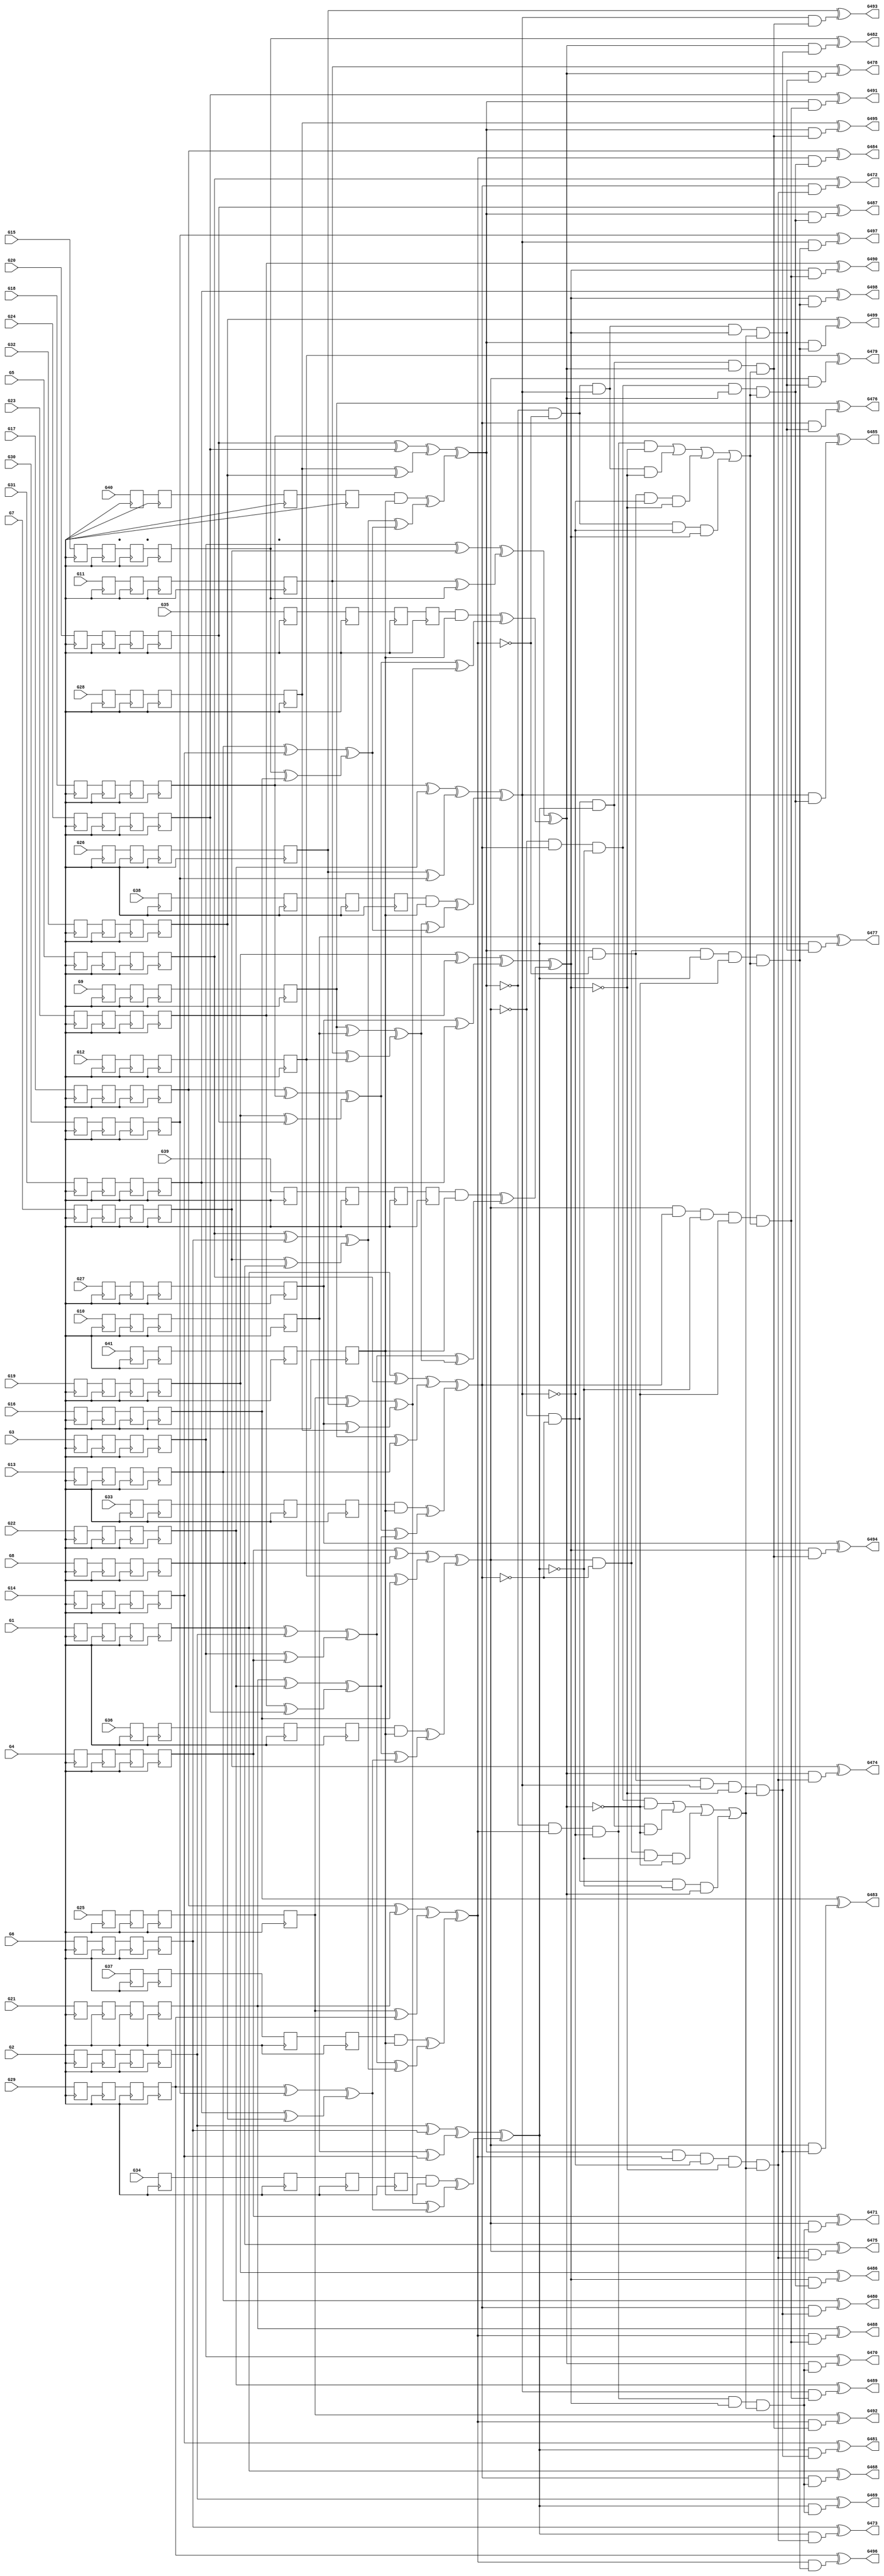
module c499 (  
    G1, G2, G3, G4, G5, G6, G7, G8, G9, G10, G11, G12, G13, G14, G15, G16,
    G17, G18, G19, G20, G21, G22, G23, G24, G25, G26, G27, G28, G29, G30,
    G31, G32, G33, G34, G35, G36, G37, G38, G39, G40, G41,
    G468, G469, G470, G471, G472, G473, G474, G475, G476, G477, G478, G479,
    G480, G481, G482, G483, G484, G485, G486, G487, G488, G489, G490, G491,
    G492, G493, G494, G495, G496, G497, G498, G499  );
  
  input  G1, G2, G3, G4, G5, G6, G7, G8, G9, G10, G11, G12, G13, G14,
    G15, G16, G17, G18, G19, G20, G21, G22, G23, G24, G25, G26, G27, G28,
    G29, G30, G31, G32, G33, G34, G35, G36, G37, G38, G39, G40, G41;
  output G468, G469, G470, G471, G472, G473, G474, G475, G476, G477, G478,
    G479, G480, G481, G482, G483, G484, G485, G486, G487, G488, G489, G490,
    G491, G492, G493, G494, G495, G496, G497, G498, G499;
  reg n277_lo, n280_lo, n283_lo, n286_lo, n289_lo, n292_lo, n295_lo,
    n298_lo, n301_lo, n304_lo, n307_lo, n310_lo, n313_lo, n316_lo, n319_lo,
    n322_lo, n325_lo, n328_lo, n331_lo, n334_lo, n337_lo, n340_lo, n343_lo,
    n346_lo, n349_lo, n352_lo, n355_lo, n358_lo, n361_lo, n364_lo, n367_lo,
    n370_lo, n373_lo, n376_lo, n379_lo, n382_lo, n385_lo, n388_lo, n391_lo,
    n394_lo, n397_lo, n400_lo, n403_lo, n406_lo, n409_lo, n412_lo, n415_lo,
    n418_lo, n421_lo, n424_lo, n427_lo, n430_lo, n433_lo, n436_lo, n439_lo,
    n442_lo, n445_lo, n448_lo, n451_lo, n454_lo, n457_lo, n460_lo, n463_lo,
    n466_lo, n469_lo, n472_lo, n475_lo, n478_lo, n481_lo, n484_lo, n487_lo,
    n490_lo, n493_lo, n496_lo, n499_lo, n502_lo, n505_lo, n508_lo, n511_lo,
    n514_lo, n517_lo, n520_lo, n523_lo, n526_lo, n529_lo, n532_lo, n535_lo,
    n538_lo, n541_lo, n544_lo, n547_lo, n550_lo, n553_lo, n556_lo, n559_lo,
    n562_lo, n565_lo, n568_lo, n571_lo, n574_lo, n577_lo, n580_lo, n583_lo,
    n586_lo, n589_lo, n592_lo, n595_lo, n598_lo, n601_lo, n604_lo, n607_lo,
    n610_lo, n613_lo, n616_lo, n619_lo, n622_lo, n625_lo, n628_lo, n631_lo,
    n634_lo, n637_lo, n640_lo, n643_lo, n646_lo, n649_lo, n652_lo, n655_lo,
    n658_lo, n661_lo, n664_lo, n667_lo, n670_lo, n673_lo, n676_lo, n679_lo,
    n682_lo, n685_lo, n688_lo, n691_lo, n694_lo, n697_lo, n700_lo, n703_lo,
    n706_lo, n709_lo, n712_lo, n715_lo, n718_lo, n721_lo, n724_lo, n727_lo,
    n730_lo, n733_lo, n736_lo, n739_lo, n742_lo, n745_lo, n748_lo, n751_lo,
    n754_lo, n757_lo, n760_lo, n763_lo, n766_lo;
  wire new_G146_, new_G147_, new_G148_, new_G149_, new_G150_, new_G151_,
    new_G152_, new_G153_, new_G154_, new_G155_, new_G156_, new_G157_,
    new_G158_, new_G159_, new_G160_, new_G161_, new_G162_, new_G163_,
    new_G164_, new_G165_, new_G166_, new_G167_, new_G168_, new_G169_,
    new_G170_, new_G171_, new_G172_, new_G173_, new_G174_, new_G175_,
    new_G176_, new_G177_, new_G178_, new_G179_, new_G180_, new_G181_,
    new_G182_, new_G183_, new_G184_, new_G185_, new_G186_, new_G189_,
    new_G192_, new_G195_, new_G198_, new_G201_, new_G204_, new_G207_,
    new_G210_, new_G211_, new_G212_, new_G213_, new_G214_, new_G215_,
    new_G216_, new_G217_, new_G218_, new_G219_, new_G220_, new_G221_,
    new_G222_, new_G223_, new_G224_, new_G225_, new_G226_, new_G227_,
    new_G228_, new_G229_, new_G230_, new_G231_, new_G232_, new_G233_,
    new_G234_, new_G247_, new_G260_, new_G273_, new_G286_, new_G299_,
    new_G312_, new_G325_, new_G338_, new_G339_, new_G340_, new_G341_,
    new_G342_, new_G343_, new_G344_, new_G345_, new_G346_, new_G347_,
    new_G348_, new_G349_, new_G350_, new_G351_, new_G352_, new_G353_,
    new_G354_, new_G355_, new_G356_, new_G357_, new_G358_, new_G359_,
    new_G360_, new_G361_, new_G362_, new_G363_, new_G364_, new_G365_,
    new_G366_, new_G367_, new_G368_, new_G369_, new_G370_, new_G371_,
    new_G372_, new_G373_, new_G374_, new_G375_, new_G376_, new_G377_,
    new_G378_, new_G379_, new_G380_, new_G381_, new_G382_, new_G383_,
    new_G384_, new_G385_, new_G386_, new_G391_, new_G396_, new_G401_,
    new_G406_, new_G411_, new_G416_, new_G421_, new_G426_, new_G431_,
    new_G436_, new_G437_, new_G438_, new_G439_, new_G440_, new_G441_,
    new_G442_, new_G443_, new_G444_, new_G445_, new_G446_, new_G447_,
    new_G448_, new_G449_, new_G450_, new_G451_, new_G452_, new_G453_,
    new_G454_, new_G455_, new_G456_, new_G457_, new_G458_, new_G459_,
    new_G460_, new_G461_, new_G462_, new_G463_, new_G464_, new_G465_,
    new_G466_, new_G467_, n277_li, n280_li, n283_li, n286_li, n289_li,
    n292_li, n295_li, n298_li, n301_li, n304_li, n307_li, n310_li, n313_li,
    n316_li, n319_li, n322_li, n325_li, n328_li, n331_li, n334_li, n337_li,
    n340_li, n343_li, n346_li, n349_li, n352_li, n355_li, n358_li, n361_li,
    n364_li, n367_li, n370_li, n373_li, n376_li, n379_li, n382_li, n385_li,
    n388_li, n391_li, n394_li, n397_li, n400_li, n403_li, n406_li, n409_li,
    n412_li, n415_li, n418_li, n421_li, n424_li, n427_li, n430_li, n433_li,
    n436_li, n439_li, n442_li, n445_li, n448_li, n451_li, n454_li, n457_li,
    n460_li, n463_li, n466_li, n469_li, n472_li, n475_li, n478_li, n481_li,
    n484_li, n487_li, n490_li, n493_li, n496_li, n499_li, n502_li, n505_li,
    n508_li, n511_li, n514_li, n517_li, n520_li, n523_li, n526_li, n529_li,
    n532_li, n535_li, n538_li, n541_li, n544_li, n547_li, n550_li, n553_li,
    n556_li, n559_li, n562_li, n565_li, n568_li, n571_li, n574_li, n577_li,
    n580_li, n583_li, n586_li, n589_li, n592_li, n595_li, n598_li, n601_li,
    n604_li, n607_li, n610_li, n613_li, n616_li, n619_li, n622_li, n625_li,
    n628_li, n631_li, n634_li, n637_li, n640_li, n643_li, n646_li, n649_li,
    n652_li, n655_li, n658_li, n661_li, n664_li, n667_li, n670_li, n673_li,
    n676_li, n679_li, n682_li, n685_li, n688_li, n691_li, n694_li, n697_li,
    n700_li, n703_li, n706_li, n709_li, n712_li, n715_li, n718_li, n721_li,
    n724_li, n727_li, n730_li, n733_li, n736_li, n739_li, n742_li, n745_li,
    n748_li, n751_li, n754_li, n757_li, n760_li, n763_li, n766_li;
  assign new_G146_ = n286_lo ^ n298_lo;
  assign new_G147_ = n310_lo ^ n322_lo;
  assign new_G148_ = n334_lo ^ n346_lo;
  assign new_G149_ = n358_lo ^ n370_lo;
  assign new_G150_ = n382_lo ^ n394_lo;
  assign new_G151_ = n406_lo ^ n418_lo;
  assign new_G152_ = n430_lo ^ n442_lo;
  assign new_G153_ = n454_lo ^ n466_lo;
  assign new_G154_ = n478_lo ^ n490_lo;
  assign new_G155_ = n502_lo ^ n514_lo;
  assign new_G156_ = n526_lo ^ n538_lo;
  assign new_G157_ = n550_lo ^ n562_lo;
  assign new_G158_ = n574_lo ^ n586_lo;
  assign new_G159_ = n598_lo ^ n610_lo;
  assign new_G160_ = n622_lo ^ n634_lo;
  assign new_G161_ = n646_lo ^ n658_lo;
  assign new_G162_ = n670_lo & n766_lo;
  assign new_G163_ = n682_lo & n766_lo;
  assign new_G164_ = n694_lo & n766_lo;
  assign new_G165_ = n706_lo & n766_lo;
  assign new_G166_ = n718_lo & n766_lo;
  assign new_G167_ = n730_lo & n766_lo;
  assign new_G168_ = n742_lo & n766_lo;
  assign new_G169_ = n754_lo & n766_lo;
  assign new_G170_ = n286_lo ^ n334_lo;
  assign new_G171_ = n382_lo ^ n430_lo;
  assign new_G172_ = n298_lo ^ n346_lo;
  assign new_G173_ = n394_lo ^ n442_lo;
  assign new_G174_ = n310_lo ^ n358_lo;
  assign new_G175_ = n406_lo ^ n454_lo;
  assign new_G176_ = n322_lo ^ n370_lo;
  assign new_G177_ = n418_lo ^ n466_lo;
  assign new_G178_ = n478_lo ^ n526_lo;
  assign new_G179_ = n574_lo ^ n622_lo;
  assign new_G180_ = n490_lo ^ n538_lo;
  assign new_G181_ = n586_lo ^ n634_lo;
  assign new_G182_ = n502_lo ^ n550_lo;
  assign new_G183_ = n598_lo ^ n646_lo;
  assign new_G184_ = n514_lo ^ n562_lo;
  assign new_G185_ = n610_lo ^ n658_lo;
  assign new_G186_ = new_G146_ ^ new_G147_;
  assign new_G189_ = new_G148_ ^ new_G149_;
  assign new_G192_ = new_G150_ ^ new_G151_;
  assign new_G195_ = new_G152_ ^ new_G153_;
  assign new_G198_ = new_G154_ ^ new_G155_;
  assign new_G201_ = new_G156_ ^ new_G157_;
  assign new_G204_ = new_G158_ ^ new_G159_;
  assign new_G207_ = new_G160_ ^ new_G161_;
  assign new_G210_ = new_G170_ ^ new_G171_;
  assign new_G211_ = new_G172_ ^ new_G173_;
  assign new_G212_ = new_G174_ ^ new_G175_;
  assign new_G213_ = new_G176_ ^ new_G177_;
  assign new_G214_ = new_G178_ ^ new_G179_;
  assign new_G215_ = new_G180_ ^ new_G181_;
  assign new_G216_ = new_G182_ ^ new_G183_;
  assign new_G217_ = new_G184_ ^ new_G185_;
  assign new_G218_ = new_G186_ ^ new_G189_;
  assign new_G219_ = new_G192_ ^ new_G195_;
  assign new_G220_ = new_G186_ ^ new_G192_;
  assign new_G221_ = new_G189_ ^ new_G195_;
  assign new_G222_ = new_G198_ ^ new_G201_;
  assign new_G223_ = new_G204_ ^ new_G207_;
  assign new_G224_ = new_G198_ ^ new_G204_;
  assign new_G225_ = new_G201_ ^ new_G207_;
  assign new_G226_ = new_G162_ ^ new_G222_;
  assign new_G227_ = new_G163_ ^ new_G223_;
  assign new_G228_ = new_G164_ ^ new_G224_;
  assign new_G229_ = new_G165_ ^ new_G225_;
  assign new_G230_ = new_G166_ ^ new_G218_;
  assign new_G231_ = new_G167_ ^ new_G219_;
  assign new_G232_ = new_G168_ ^ new_G220_;
  assign new_G233_ = new_G169_ ^ new_G221_;
  assign new_G234_ = new_G210_ ^ new_G226_;
  assign new_G247_ = new_G211_ ^ new_G227_;
  assign new_G260_ = new_G212_ ^ new_G228_;
  assign new_G273_ = new_G213_ ^ new_G229_;
  assign new_G286_ = new_G214_ ^ new_G230_;
  assign new_G299_ = new_G215_ ^ new_G231_;
  assign new_G312_ = new_G216_ ^ new_G232_;
  assign new_G325_ = new_G217_ ^ new_G233_;
  assign new_G338_ = ~new_G234_;
  assign new_G339_ = ~new_G247_;
  assign new_G340_ = ~new_G260_;
  assign new_G341_ = ~new_G234_;
  assign new_G342_ = ~new_G247_;
  assign new_G343_ = ~new_G273_;
  assign new_G344_ = ~new_G234_;
  assign new_G345_ = ~new_G260_;
  assign new_G346_ = ~new_G273_;
  assign new_G347_ = ~new_G247_;
  assign new_G348_ = ~new_G260_;
  assign new_G349_ = ~new_G273_;
  assign new_G350_ = ~new_G299_;
  assign new_G351_ = ~new_G325_;
  assign new_G352_ = ~new_G299_;
  assign new_G353_ = ~new_G312_;
  assign new_G354_ = ~new_G286_;
  assign new_G355_ = ~new_G325_;
  assign new_G356_ = ~new_G286_;
  assign new_G357_ = ~new_G312_;
  assign new_G358_ = ~new_G286_;
  assign new_G359_ = ~new_G299_;
  assign new_G360_ = ~new_G312_;
  assign new_G361_ = ~new_G286_;
  assign new_G362_ = ~new_G299_;
  assign new_G363_ = ~new_G325_;
  assign new_G364_ = ~new_G286_;
  assign new_G365_ = ~new_G312_;
  assign new_G366_ = ~new_G325_;
  assign new_G367_ = ~new_G299_;
  assign new_G368_ = ~new_G312_;
  assign new_G369_ = ~new_G325_;
  assign new_G370_ = ~new_G247_;
  assign new_G371_ = ~new_G273_;
  assign new_G372_ = ~new_G247_;
  assign new_G373_ = ~new_G260_;
  assign new_G374_ = ~new_G234_;
  assign new_G375_ = ~new_G273_;
  assign new_G376_ = ~new_G234_;
  assign new_G377_ = ~new_G260_;
  assign new_G378_ = new_G273_ & new_G338_ & new_G339_ & new_G340_;
  assign new_G379_ = new_G343_ & new_G341_ & new_G342_ & new_G260_;
  assign new_G380_ = new_G346_ & new_G344_ & new_G247_ & new_G345_;
  assign new_G381_ = new_G349_ & new_G234_ & new_G347_ & new_G348_;
  assign new_G382_ = new_G325_ & new_G358_ & new_G359_ & new_G360_;
  assign new_G383_ = new_G363_ & new_G361_ & new_G362_ & new_G312_;
  assign new_G384_ = new_G366_ & new_G364_ & new_G299_ & new_G365_;
  assign new_G385_ = new_G369_ & new_G286_ & new_G367_ & new_G368_;
  assign new_G386_ = new_G381_ | new_G380_ | new_G378_ | new_G379_;
  assign new_G391_ = new_G385_ | new_G384_ | new_G382_ | new_G383_;
  assign new_G396_ = new_G351_ & new_G286_ & new_G350_ & new_G312_ & new_G386_;
  assign new_G401_ = new_G325_ & new_G286_ & new_G352_ & new_G353_ & new_G386_;
  assign new_G406_ = new_G355_ & new_G354_ & new_G299_ & new_G312_ & new_G386_;
  assign new_G411_ = new_G325_ & new_G356_ & new_G299_ & new_G357_ & new_G386_;
  assign new_G416_ = new_G371_ & new_G234_ & new_G370_ & new_G260_ & new_G391_;
  assign new_G421_ = new_G273_ & new_G234_ & new_G372_ & new_G373_ & new_G391_;
  assign new_G426_ = new_G375_ & new_G374_ & new_G247_ & new_G260_ & new_G391_;
  assign new_G431_ = new_G273_ & new_G376_ & new_G247_ & new_G377_ & new_G391_;
  assign new_G436_ = new_G234_ & new_G396_;
  assign new_G437_ = new_G247_ & new_G396_;
  assign new_G438_ = new_G260_ & new_G396_;
  assign new_G439_ = new_G273_ & new_G396_;
  assign new_G440_ = new_G234_ & new_G401_;
  assign new_G441_ = new_G247_ & new_G401_;
  assign new_G442_ = new_G260_ & new_G401_;
  assign new_G443_ = new_G273_ & new_G401_;
  assign new_G444_ = new_G234_ & new_G406_;
  assign new_G445_ = new_G247_ & new_G406_;
  assign new_G446_ = new_G260_ & new_G406_;
  assign new_G447_ = new_G273_ & new_G406_;
  assign new_G448_ = new_G234_ & new_G411_;
  assign new_G449_ = new_G247_ & new_G411_;
  assign new_G450_ = new_G260_ & new_G411_;
  assign new_G451_ = new_G273_ & new_G411_;
  assign new_G452_ = new_G286_ & new_G416_;
  assign new_G453_ = new_G299_ & new_G416_;
  assign new_G454_ = new_G312_ & new_G416_;
  assign new_G455_ = new_G325_ & new_G416_;
  assign new_G456_ = new_G286_ & new_G421_;
  assign new_G457_ = new_G299_ & new_G421_;
  assign new_G458_ = new_G312_ & new_G421_;
  assign new_G459_ = new_G325_ & new_G421_;
  assign new_G460_ = new_G286_ & new_G426_;
  assign new_G461_ = new_G299_ & new_G426_;
  assign new_G462_ = new_G312_ & new_G426_;
  assign new_G463_ = new_G325_ & new_G426_;
  assign new_G464_ = new_G286_ & new_G431_;
  assign new_G465_ = new_G299_ & new_G431_;
  assign new_G466_ = new_G312_ & new_G431_;
  assign new_G467_ = new_G325_ & new_G431_;
  assign G468 = n286_lo ^ new_G436_;
  assign G469 = n298_lo ^ new_G437_;
  assign G470 = n310_lo ^ new_G438_;
  assign G471 = n322_lo ^ new_G439_;
  assign G472 = n334_lo ^ new_G440_;
  assign G473 = n346_lo ^ new_G441_;
  assign G474 = n358_lo ^ new_G442_;
  assign G475 = n370_lo ^ new_G443_;
  assign G476 = n382_lo ^ new_G444_;
  assign G477 = n394_lo ^ new_G445_;
  assign G478 = n406_lo ^ new_G446_;
  assign G479 = n418_lo ^ new_G447_;
  assign G480 = n430_lo ^ new_G448_;
  assign G481 = n442_lo ^ new_G449_;
  assign G482 = n454_lo ^ new_G450_;
  assign G483 = n466_lo ^ new_G451_;
  assign G484 = n478_lo ^ new_G452_;
  assign G485 = n490_lo ^ new_G453_;
  assign G486 = n502_lo ^ new_G454_;
  assign G487 = n514_lo ^ new_G455_;
  assign G488 = n526_lo ^ new_G456_;
  assign G489 = n538_lo ^ new_G457_;
  assign G490 = n550_lo ^ new_G458_;
  assign G491 = n562_lo ^ new_G459_;
  assign G492 = n574_lo ^ new_G460_;
  assign G493 = n586_lo ^ new_G461_;
  assign G494 = n598_lo ^ new_G462_;
  assign G495 = n610_lo ^ new_G463_;
  assign G496 = n622_lo ^ new_G464_;
  assign G497 = n634_lo ^ new_G465_;
  assign G498 = n646_lo ^ new_G466_;
  assign G499 = n658_lo ^ new_G467_;
  assign n277_li = G1;
  assign n280_li = n277_lo;
  assign n283_li = n280_lo;
  assign n286_li = n283_lo;
  assign n289_li = G2;
  assign n292_li = n289_lo;
  assign n295_li = n292_lo;
  assign n298_li = n295_lo;
  assign n301_li = G3;
  assign n304_li = n301_lo;
  assign n307_li = n304_lo;
  assign n310_li = n307_lo;
  assign n313_li = G4;
  assign n316_li = n313_lo;
  assign n319_li = n316_lo;
  assign n322_li = n319_lo;
  assign n325_li = G5;
  assign n328_li = n325_lo;
  assign n331_li = n328_lo;
  assign n334_li = n331_lo;
  assign n337_li = G6;
  assign n340_li = n337_lo;
  assign n343_li = n340_lo;
  assign n346_li = n343_lo;
  assign n349_li = G7;
  assign n352_li = n349_lo;
  assign n355_li = n352_lo;
  assign n358_li = n355_lo;
  assign n361_li = G8;
  assign n364_li = n361_lo;
  assign n367_li = n364_lo;
  assign n370_li = n367_lo;
  assign n373_li = G9;
  assign n376_li = n373_lo;
  assign n379_li = n376_lo;
  assign n382_li = n379_lo;
  assign n385_li = G10;
  assign n388_li = n385_lo;
  assign n391_li = n388_lo;
  assign n394_li = n391_lo;
  assign n397_li = G11;
  assign n400_li = n397_lo;
  assign n403_li = n400_lo;
  assign n406_li = n403_lo;
  assign n409_li = G12;
  assign n412_li = n409_lo;
  assign n415_li = n412_lo;
  assign n418_li = n415_lo;
  assign n421_li = G13;
  assign n424_li = n421_lo;
  assign n427_li = n424_lo;
  assign n430_li = n427_lo;
  assign n433_li = G14;
  assign n436_li = n433_lo;
  assign n439_li = n436_lo;
  assign n442_li = n439_lo;
  assign n445_li = G15;
  assign n448_li = n445_lo;
  assign n451_li = n448_lo;
  assign n454_li = n451_lo;
  assign n457_li = G16;
  assign n460_li = n457_lo;
  assign n463_li = n460_lo;
  assign n466_li = n463_lo;
  assign n469_li = G17;
  assign n472_li = n469_lo;
  assign n475_li = n472_lo;
  assign n478_li = n475_lo;
  assign n481_li = G18;
  assign n484_li = n481_lo;
  assign n487_li = n484_lo;
  assign n490_li = n487_lo;
  assign n493_li = G19;
  assign n496_li = n493_lo;
  assign n499_li = n496_lo;
  assign n502_li = n499_lo;
  assign n505_li = G20;
  assign n508_li = n505_lo;
  assign n511_li = n508_lo;
  assign n514_li = n511_lo;
  assign n517_li = G21;
  assign n520_li = n517_lo;
  assign n523_li = n520_lo;
  assign n526_li = n523_lo;
  assign n529_li = G22;
  assign n532_li = n529_lo;
  assign n535_li = n532_lo;
  assign n538_li = n535_lo;
  assign n541_li = G23;
  assign n544_li = n541_lo;
  assign n547_li = n544_lo;
  assign n550_li = n547_lo;
  assign n553_li = G24;
  assign n556_li = n553_lo;
  assign n559_li = n556_lo;
  assign n562_li = n559_lo;
  assign n565_li = G25;
  assign n568_li = n565_lo;
  assign n571_li = n568_lo;
  assign n574_li = n571_lo;
  assign n577_li = G26;
  assign n580_li = n577_lo;
  assign n583_li = n580_lo;
  assign n586_li = n583_lo;
  assign n589_li = G27;
  assign n592_li = n589_lo;
  assign n595_li = n592_lo;
  assign n598_li = n595_lo;
  assign n601_li = G28;
  assign n604_li = n601_lo;
  assign n607_li = n604_lo;
  assign n610_li = n607_lo;
  assign n613_li = G29;
  assign n616_li = n613_lo;
  assign n619_li = n616_lo;
  assign n622_li = n619_lo;
  assign n625_li = G30;
  assign n628_li = n625_lo;
  assign n631_li = n628_lo;
  assign n634_li = n631_lo;
  assign n637_li = G31;
  assign n640_li = n637_lo;
  assign n643_li = n640_lo;
  assign n646_li = n643_lo;
  assign n649_li = G32;
  assign n652_li = n649_lo;
  assign n655_li = n652_lo;
  assign n658_li = n655_lo;
  assign n661_li = G33;
  assign n664_li = n661_lo;
  assign n667_li = n664_lo;
  assign n670_li = n667_lo;
  assign n673_li = G34;
  assign n676_li = n673_lo;
  assign n679_li = n676_lo;
  assign n682_li = n679_lo;
  assign n685_li = G35;
  assign n688_li = n685_lo;
  assign n691_li = n688_lo;
  assign n694_li = n691_lo;
  assign n697_li = G36;
  assign n700_li = n697_lo;
  assign n703_li = n700_lo;
  assign n706_li = n703_lo;
  assign n709_li = G37;
  assign n712_li = n709_lo;
  assign n715_li = n712_lo;
  assign n718_li = n715_lo;
  assign n721_li = G38;
  assign n724_li = n721_lo;
  assign n727_li = n724_lo;
  assign n730_li = n727_lo;
  assign n733_li = G39;
  assign n736_li = n733_lo;
  assign n739_li = n736_lo;
  assign n742_li = n739_lo;
  assign n745_li = G40;
  assign n748_li = n745_lo;
  assign n751_li = n748_lo;
  assign n754_li = n751_lo;
  assign n757_li = G41;
  assign n760_li = n757_lo;
  assign n763_li = n760_lo;
  assign n766_li = n763_lo;
  always @ (posedge clock) begin
    n277_lo <= n277_li;
    n280_lo <= n280_li;
    n283_lo <= n283_li;
    n286_lo <= n286_li;
    n289_lo <= n289_li;
    n292_lo <= n292_li;
    n295_lo <= n295_li;
    n298_lo <= n298_li;
    n301_lo <= n301_li;
    n304_lo <= n304_li;
    n307_lo <= n307_li;
    n310_lo <= n310_li;
    n313_lo <= n313_li;
    n316_lo <= n316_li;
    n319_lo <= n319_li;
    n322_lo <= n322_li;
    n325_lo <= n325_li;
    n328_lo <= n328_li;
    n331_lo <= n331_li;
    n334_lo <= n334_li;
    n337_lo <= n337_li;
    n340_lo <= n340_li;
    n343_lo <= n343_li;
    n346_lo <= n346_li;
    n349_lo <= n349_li;
    n352_lo <= n352_li;
    n355_lo <= n355_li;
    n358_lo <= n358_li;
    n361_lo <= n361_li;
    n364_lo <= n364_li;
    n367_lo <= n367_li;
    n370_lo <= n370_li;
    n373_lo <= n373_li;
    n376_lo <= n376_li;
    n379_lo <= n379_li;
    n382_lo <= n382_li;
    n385_lo <= n385_li;
    n388_lo <= n388_li;
    n391_lo <= n391_li;
    n394_lo <= n394_li;
    n397_lo <= n397_li;
    n400_lo <= n400_li;
    n403_lo <= n403_li;
    n406_lo <= n406_li;
    n409_lo <= n409_li;
    n412_lo <= n412_li;
    n415_lo <= n415_li;
    n418_lo <= n418_li;
    n421_lo <= n421_li;
    n424_lo <= n424_li;
    n427_lo <= n427_li;
    n430_lo <= n430_li;
    n433_lo <= n433_li;
    n436_lo <= n436_li;
    n439_lo <= n439_li;
    n442_lo <= n442_li;
    n445_lo <= n445_li;
    n448_lo <= n448_li;
    n451_lo <= n451_li;
    n454_lo <= n454_li;
    n457_lo <= n457_li;
    n460_lo <= n460_li;
    n463_lo <= n463_li;
    n466_lo <= n466_li;
    n469_lo <= n469_li;
    n472_lo <= n472_li;
    n475_lo <= n475_li;
    n478_lo <= n478_li;
    n481_lo <= n481_li;
    n484_lo <= n484_li;
    n487_lo <= n487_li;
    n490_lo <= n490_li;
    n493_lo <= n493_li;
    n496_lo <= n496_li;
    n499_lo <= n499_li;
    n502_lo <= n502_li;
    n505_lo <= n505_li;
    n508_lo <= n508_li;
    n511_lo <= n511_li;
    n514_lo <= n514_li;
    n517_lo <= n517_li;
    n520_lo <= n520_li;
    n523_lo <= n523_li;
    n526_lo <= n526_li;
    n529_lo <= n529_li;
    n532_lo <= n532_li;
    n535_lo <= n535_li;
    n538_lo <= n538_li;
    n541_lo <= n541_li;
    n544_lo <= n544_li;
    n547_lo <= n547_li;
    n550_lo <= n550_li;
    n553_lo <= n553_li;
    n556_lo <= n556_li;
    n559_lo <= n559_li;
    n562_lo <= n562_li;
    n565_lo <= n565_li;
    n568_lo <= n568_li;
    n571_lo <= n571_li;
    n574_lo <= n574_li;
    n577_lo <= n577_li;
    n580_lo <= n580_li;
    n583_lo <= n583_li;
    n586_lo <= n586_li;
    n589_lo <= n589_li;
    n592_lo <= n592_li;
    n595_lo <= n595_li;
    n598_lo <= n598_li;
    n601_lo <= n601_li;
    n604_lo <= n604_li;
    n607_lo <= n607_li;
    n610_lo <= n610_li;
    n613_lo <= n613_li;
    n616_lo <= n616_li;
    n619_lo <= n619_li;
    n622_lo <= n622_li;
    n625_lo <= n625_li;
    n628_lo <= n628_li;
    n631_lo <= n631_li;
    n634_lo <= n634_li;
    n637_lo <= n637_li;
    n640_lo <= n640_li;
    n643_lo <= n643_li;
    n646_lo <= n646_li;
    n649_lo <= n649_li;
    n652_lo <= n652_li;
    n655_lo <= n655_li;
    n658_lo <= n658_li;
    n661_lo <= n661_li;
    n664_lo <= n664_li;
    n667_lo <= n667_li;
    n670_lo <= n670_li;
    n673_lo <= n673_li;
    n676_lo <= n676_li;
    n679_lo <= n679_li;
    n682_lo <= n682_li;
    n685_lo <= n685_li;
    n688_lo <= n688_li;
    n691_lo <= n691_li;
    n694_lo <= n694_li;
    n697_lo <= n697_li;
    n700_lo <= n700_li;
    n703_lo <= n703_li;
    n706_lo <= n706_li;
    n709_lo <= n709_li;
    n712_lo <= n712_li;
    n715_lo <= n715_li;
    n718_lo <= n718_li;
    n721_lo <= n721_li;
    n724_lo <= n724_li;
    n727_lo <= n727_li;
    n730_lo <= n730_li;
    n733_lo <= n733_li;
    n736_lo <= n736_li;
    n739_lo <= n739_li;
    n742_lo <= n742_li;
    n745_lo <= n745_li;
    n748_lo <= n748_li;
    n751_lo <= n751_li;
    n754_lo <= n754_li;
    n757_lo <= n757_li;
    n760_lo <= n760_li;
    n763_lo <= n763_li;
    n766_lo <= n766_li;
  end
  initial begin
    n277_lo <= 1'b0;
    n280_lo <= 1'b0;
    n283_lo <= 1'b0;
    n286_lo <= 1'b0;
    n289_lo <= 1'b0;
    n292_lo <= 1'b0;
    n295_lo <= 1'b0;
    n298_lo <= 1'b0;
    n301_lo <= 1'b0;
    n304_lo <= 1'b0;
    n307_lo <= 1'b0;
    n310_lo <= 1'b0;
    n313_lo <= 1'b0;
    n316_lo <= 1'b0;
    n319_lo <= 1'b0;
    n322_lo <= 1'b0;
    n325_lo <= 1'b0;
    n328_lo <= 1'b0;
    n331_lo <= 1'b0;
    n334_lo <= 1'b0;
    n337_lo <= 1'b0;
    n340_lo <= 1'b0;
    n343_lo <= 1'b0;
    n346_lo <= 1'b0;
    n349_lo <= 1'b0;
    n352_lo <= 1'b0;
    n355_lo <= 1'b0;
    n358_lo <= 1'b0;
    n361_lo <= 1'b0;
    n364_lo <= 1'b0;
    n367_lo <= 1'b0;
    n370_lo <= 1'b0;
    n373_lo <= 1'b0;
    n376_lo <= 1'b0;
    n379_lo <= 1'b0;
    n382_lo <= 1'b0;
    n385_lo <= 1'b0;
    n388_lo <= 1'b0;
    n391_lo <= 1'b0;
    n394_lo <= 1'b0;
    n397_lo <= 1'b0;
    n400_lo <= 1'b0;
    n403_lo <= 1'b0;
    n406_lo <= 1'b0;
    n409_lo <= 1'b0;
    n412_lo <= 1'b0;
    n415_lo <= 1'b0;
    n418_lo <= 1'b0;
    n421_lo <= 1'b0;
    n424_lo <= 1'b0;
    n427_lo <= 1'b0;
    n430_lo <= 1'b0;
    n433_lo <= 1'b0;
    n436_lo <= 1'b0;
    n439_lo <= 1'b0;
    n442_lo <= 1'b0;
    n445_lo <= 1'b0;
    n448_lo <= 1'b0;
    n451_lo <= 1'b0;
    n454_lo <= 1'b0;
    n457_lo <= 1'b0;
    n460_lo <= 1'b0;
    n463_lo <= 1'b0;
    n466_lo <= 1'b0;
    n469_lo <= 1'b0;
    n472_lo <= 1'b0;
    n475_lo <= 1'b0;
    n478_lo <= 1'b0;
    n481_lo <= 1'b0;
    n484_lo <= 1'b0;
    n487_lo <= 1'b0;
    n490_lo <= 1'b0;
    n493_lo <= 1'b0;
    n496_lo <= 1'b0;
    n499_lo <= 1'b0;
    n502_lo <= 1'b0;
    n505_lo <= 1'b0;
    n508_lo <= 1'b0;
    n511_lo <= 1'b0;
    n514_lo <= 1'b0;
    n517_lo <= 1'b0;
    n520_lo <= 1'b0;
    n523_lo <= 1'b0;
    n526_lo <= 1'b0;
    n529_lo <= 1'b0;
    n532_lo <= 1'b0;
    n535_lo <= 1'b0;
    n538_lo <= 1'b0;
    n541_lo <= 1'b0;
    n544_lo <= 1'b0;
    n547_lo <= 1'b0;
    n550_lo <= 1'b0;
    n553_lo <= 1'b0;
    n556_lo <= 1'b0;
    n559_lo <= 1'b0;
    n562_lo <= 1'b0;
    n565_lo <= 1'b0;
    n568_lo <= 1'b0;
    n571_lo <= 1'b0;
    n574_lo <= 1'b0;
    n577_lo <= 1'b0;
    n580_lo <= 1'b0;
    n583_lo <= 1'b0;
    n586_lo <= 1'b0;
    n589_lo <= 1'b0;
    n592_lo <= 1'b0;
    n595_lo <= 1'b0;
    n598_lo <= 1'b0;
    n601_lo <= 1'b0;
    n604_lo <= 1'b0;
    n607_lo <= 1'b0;
    n610_lo <= 1'b0;
    n613_lo <= 1'b0;
    n616_lo <= 1'b0;
    n619_lo <= 1'b0;
    n622_lo <= 1'b0;
    n625_lo <= 1'b0;
    n628_lo <= 1'b0;
    n631_lo <= 1'b0;
    n634_lo <= 1'b0;
    n637_lo <= 1'b0;
    n640_lo <= 1'b0;
    n643_lo <= 1'b0;
    n646_lo <= 1'b0;
    n649_lo <= 1'b0;
    n652_lo <= 1'b0;
    n655_lo <= 1'b0;
    n658_lo <= 1'b0;
    n661_lo <= 1'b0;
    n664_lo <= 1'b0;
    n667_lo <= 1'b0;
    n670_lo <= 1'b0;
    n673_lo <= 1'b0;
    n676_lo <= 1'b0;
    n679_lo <= 1'b0;
    n682_lo <= 1'b0;
    n685_lo <= 1'b0;
    n688_lo <= 1'b0;
    n691_lo <= 1'b0;
    n694_lo <= 1'b0;
    n697_lo <= 1'b0;
    n700_lo <= 1'b0;
    n703_lo <= 1'b0;
    n706_lo <= 1'b0;
    n709_lo <= 1'b0;
    n712_lo <= 1'b0;
    n715_lo <= 1'b0;
    n718_lo <= 1'b0;
    n721_lo <= 1'b0;
    n724_lo <= 1'b0;
    n727_lo <= 1'b0;
    n730_lo <= 1'b0;
    n733_lo <= 1'b0;
    n736_lo <= 1'b0;
    n739_lo <= 1'b0;
    n742_lo <= 1'b0;
    n745_lo <= 1'b0;
    n748_lo <= 1'b0;
    n751_lo <= 1'b0;
    n754_lo <= 1'b0;
    n757_lo <= 1'b0;
    n760_lo <= 1'b0;
    n763_lo <= 1'b0;
    n766_lo <= 1'b0;
  end
endmodule